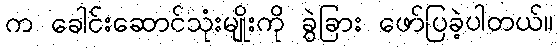
က ခေါင်းဆောင်သုံးမျိုးကို ခွဲခြား ဖော်ပြခဲ့ပါတယ်။